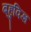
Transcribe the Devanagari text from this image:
बहुविज्ञ